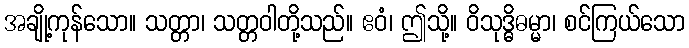
အချို့ကုန်သော။ သတ္တာ၊ သတ္တဝါတို့သည်။ ဧဝံ၊ ဤသို့။ ဝိသုဒ္ဓိဓမ္မာ၊ စင်ကြယ်သော